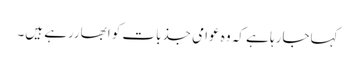
کہاجارہا ہے کہ وہ عوامی جذبات کو ابھاررہے ہیں۔